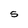
Character: 5